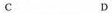
C D